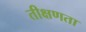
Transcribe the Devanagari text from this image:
तीक्षणता